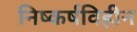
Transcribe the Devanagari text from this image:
निष्कर्षविहीन